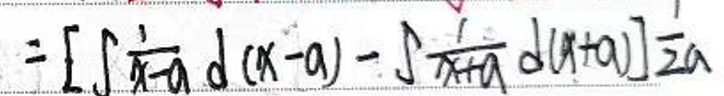
$= [ \int \frac { 1 } { x - a } d ( x - a ) - \int \frac { 1 } { x + a } d ( x + a ) ] _ { a } ^ { 1 }$